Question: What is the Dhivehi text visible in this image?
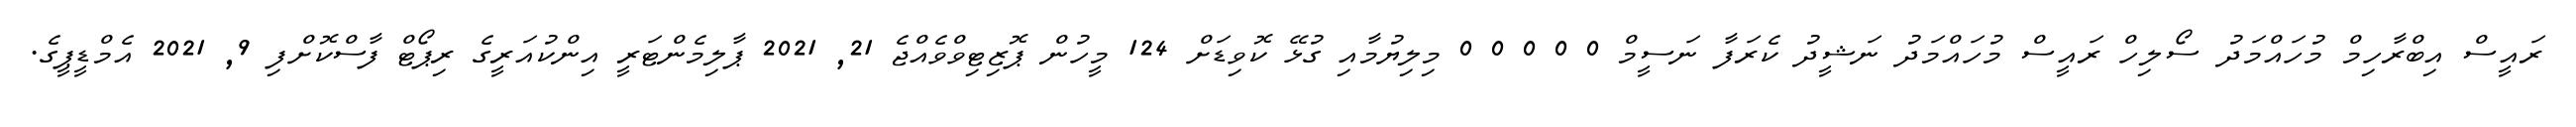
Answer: ރައީސް އިބްރާހިމް މުހައްމަދު ސޯލިހް ރައީސް މުހައްމަދު ނަޝީދު ކެރަފާ ނަސީމް 0 0 0 0 0 މިލިޔުމާއި ގުޅޭ ކޮވިޑަށް 124 މީހުން ޕޮޒިޓިވްވެއްޖެ 21, 2021 ޕާލިމެންޓަރީ އިންކުއަރީގެ ރިޕޯޓް ފާސްކޮށްފި 9, 2021 އެމްޑީޕީގެ.